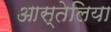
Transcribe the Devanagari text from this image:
आस्तेलिया